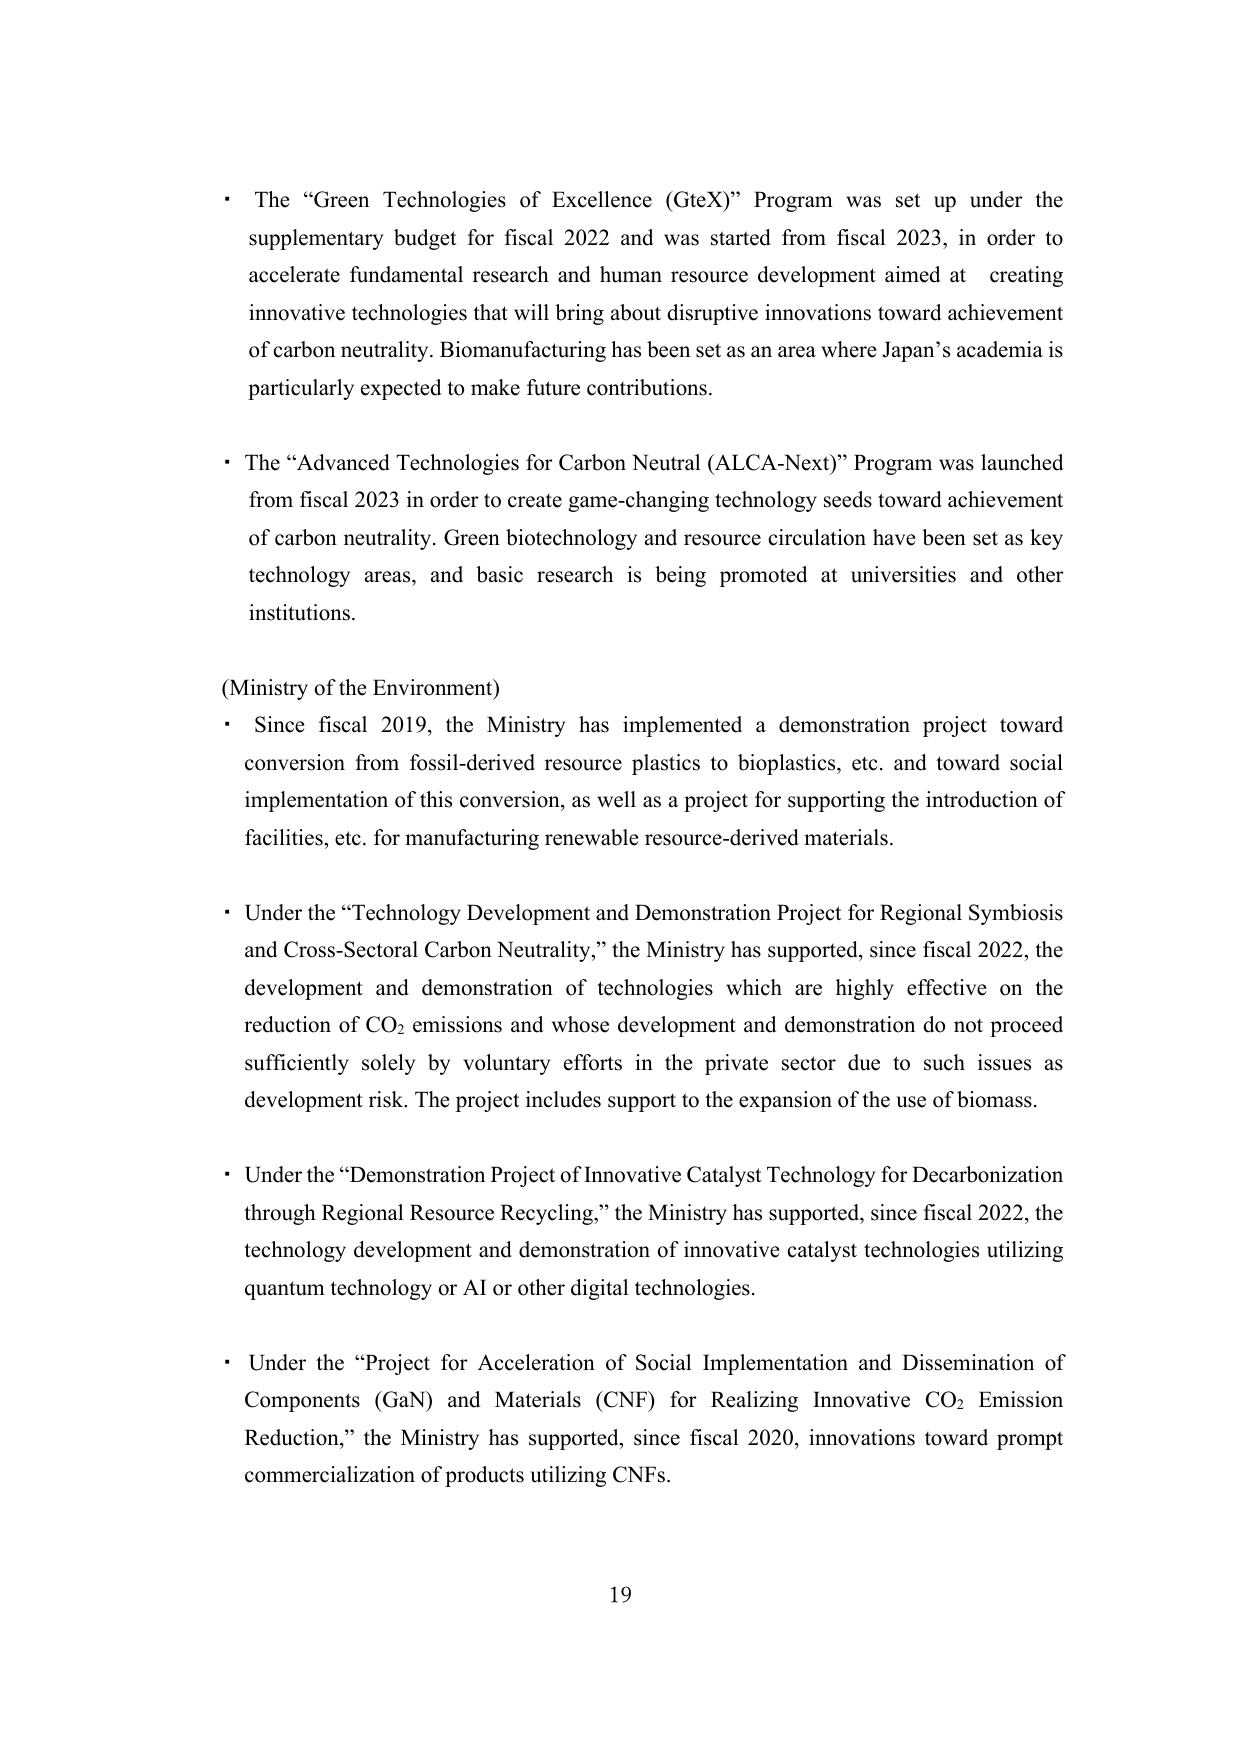
• The “Green Technologies of Excellence (GteX)” Program was set up under the supplementary budget for fiscal 2022 and was started from fiscal 2023, in order to accelerate fundamental research and human resource development aimed at creating innovative technologies that will bring about disruptive innovations toward achievement of carbon neutrality. Biomanufacturing has been set as an area where Japan’s academia is particularly expected to make future contributions.

• The “Advanced Technologies for Carbon Neutral (ALCA-Next)” Program was launched from fiscal 2023 in order to create game-changing technology seeds toward achievement of carbon neutrality. Green biotechnology and resource circulation have been set as key technology areas, and basic research is being promoted at universities and other institutions.

(Ministry of the Environment)
• Since fiscal 2019, the Ministry has implemented a demonstration project toward conversion from fossil-derived resource plastics to bioplastics, etc. and toward social implementation of this conversion, as well as a project for supporting the introduction of facilities, etc. for manufacturing renewable resource-derived materials.

• Under the “Technology Development and Demonstration Project for Regional Symbiosis and Cross-Sectoral Carbon Neutrality,” the Ministry has supported, since fiscal 2022, the development and demonstration of technologies which are highly effective on the reduction of CO₂ emissions and whose development and demonstration do not proceed sufficiently solely by voluntary efforts in the private sector due to such issues as development risk. The project includes support to the expansion of the use of biomass.

• Under the “Demonstration Project of Innovative Catalyst Technology for Decarbonization through Regional Resource Recycling,” the Ministry has supported, since fiscal 2022, the technology development and demonstration of innovative catalyst technologies utilizing quantum technology or AI or other digital technologies.

• Under the “Project for Acceleration of Social Implementation and Dissemination of Components (GaN) and Materials (CNF) for Realizing Innovative CO₂ Emission Reduction,” the Ministry has supported, since fiscal 2020, innovations toward prompt commercialization of products utilizing CNFs.

19